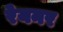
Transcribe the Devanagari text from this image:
रेयनर